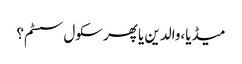
میڈیا،والدین یا پھر سکول سسٹم؟